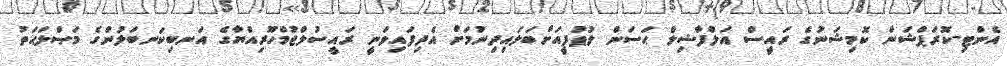
އެންޓި-ކޮރަޕްޝަން ކޮމިޝަނުގެ ރައީސް އަލްފާޟިލް ޙަސަން ލުޠުފީއަށްބަލައިދިނުމަށް އެދިފައިވަނީ ރައީސުލްޖުމްހޫރިއްޔާގެ އަނބިކަނބަލުންގެ މަޞްލަޙަތު